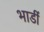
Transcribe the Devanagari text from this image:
भाडीं